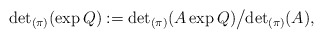
\begin{align*}{\det}_{(\pi)}(\exp Q):={\det}_{(\pi)}(A\exp Q)\big/{\det}_{(\pi)}(A),\end{align*}